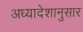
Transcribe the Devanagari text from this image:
अध्यादेशानुसार